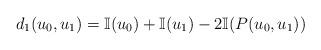
LaTeX: \begin{align*}d_1(u_0, u_1)=\mathbb{I}(u_0)+\mathbb{I}(u_1)-2\mathbb{I}(P(u_0, u_1))\end{align*}